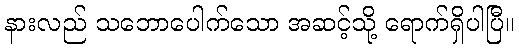
နားလည် သဘောပေါက်သော အဆင့်သို့ ရောက်ရှိပါပြီ။